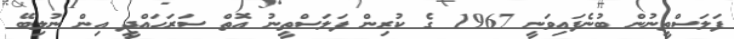
ފަލަސްތީނުން ބުނެފައިވަނީ 1967 ގެ ކުރިން ފަލަސްތީނު އޮތް ސަރަހައްދީ އިން ނުލިބޭ